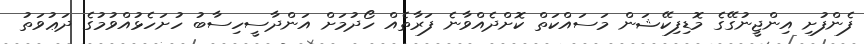
ފެންފުށި އިންޖީނުގޭގެ މޮޑިފިކޭޝަން މަސައްކަތް ކޮށްދެއްވާނެ ފަރާތެއް ހޯދުމަށް އަންދާސީހިސާބު ހުށަހެޅުއްވުމުގެ ދަޢުވަތު